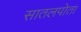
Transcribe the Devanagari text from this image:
सातलपोता